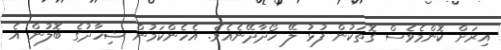
އިރަށް ކޮންމެވެސް ގޮތަކުން ފުޅު ލޭ ހޯދާދޭނެއެވެ. އެހެންކަމުން ޝިހާދުގެ ބޮލުން އެ